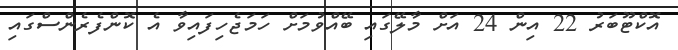
އޮކްޓޫބަރު 22 އިން 24 އަށް މާލޭގައި ބޭއްވުމަށް ހަމަޖެހިފައިވާ އެ ކޮންފެރެންސްގައި